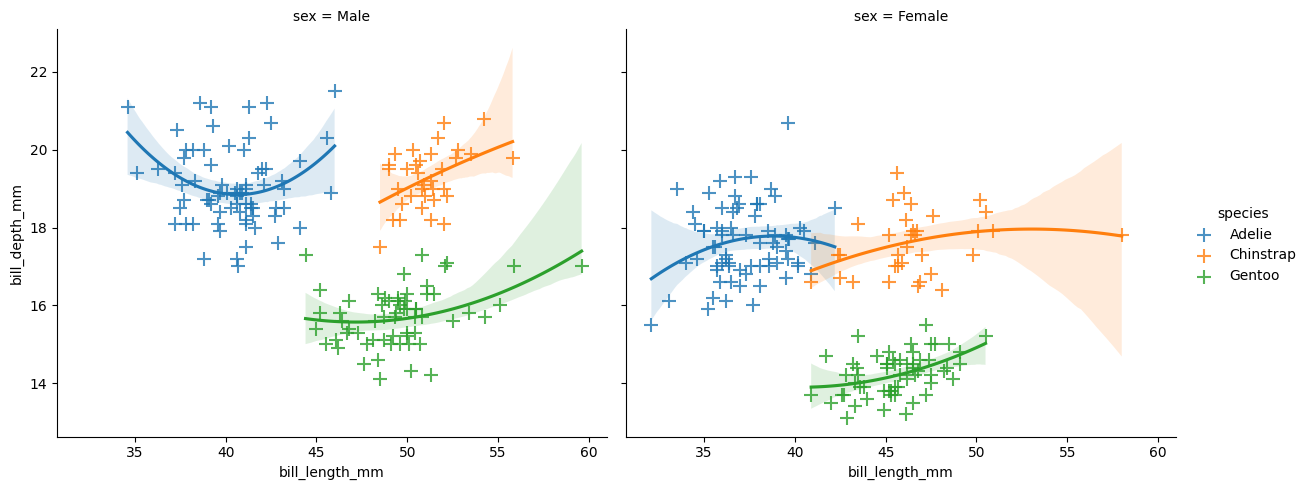
python, seaborn, lmplot, aspect=1.2, order=2, markers='+'